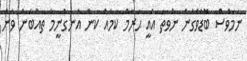
ނަމަވެސް ބޮޑުވެގެން ނުވަތަ އެއީ ޙަރާމް ކަމެއް ކަން އެނގުނީމާ ތައުބާން ވާން